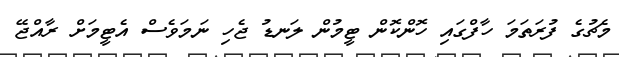
މެޗުގެ ފުރަތަމަ ހާފްގައި ހޮންކޮން ޓީމުން ލަނޑު ޖެހި ނަމަވެސް އެޓީމަށް ރާއްޖޭ